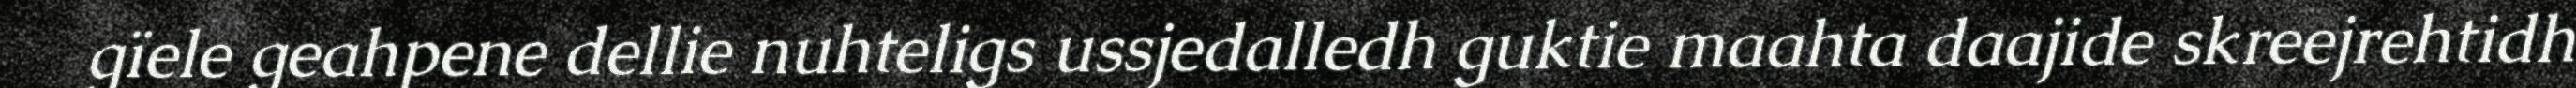
gïele geahpene dellie nuhteligs ussjedalledh guktie maahta daajide skreejrehtidh